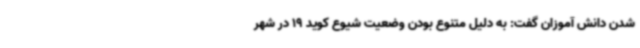
شدن دانش آموزان گفت: به دلیل متنوع بودن وضعیت شیوع کوید 19 در شهر